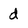
Character: d